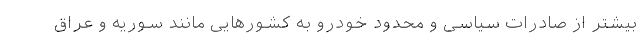
بیشتر از صادرات سیاسی و محدود خودرو به کشورهایی مانند سوریه و عراق